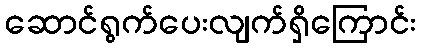
ဆောင်ရွက်ပေးလျက်ရှိကြောင်း